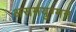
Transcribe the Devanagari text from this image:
असमयुग्मन